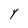
Character: Y